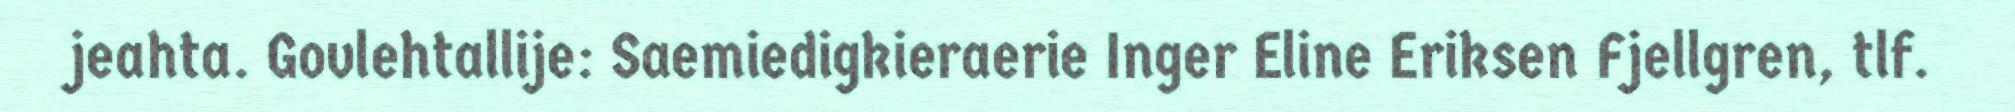
jeahta. Govlehtallije: Saemiedigkieraerie Inger Eline Eriksen Fjellgren, tlf.